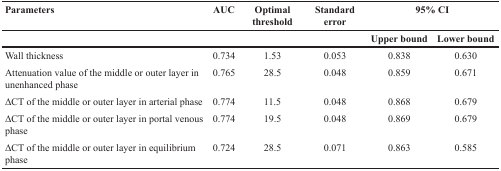
| Parameters | AUC | Optimal threshold | Standard error | <COLSPAN=2> 95% CI |
 |  |  |  |  | Upper bound | Lower bound |
 | --- | --- | --- | --- | --- | --- |
 | Wall thickness | 0.734 | 1.53 | 0.053 | 0.838 | 0.630 |
 | Attenuation value of the middle or outer layer in unenhanced phase | 0.765 | 28.5 | 0.048 | 0.859 | 0.671 |
 | ΔCT of the middle or outer layer in arterial phase | 0.774 | 11.5 | 0.048 | 0.868 | 0.679 |
 | ΔCT of the middle or outer layer in portal venous phase | 0.774 | 19.5 | 0.048 | 0.869 | 0.679 |
 | ΔCT of the middle or outer layer in equilibrium phase | 0.724 | 28.5 | 0.071 | 0.863 | 0.585 |